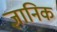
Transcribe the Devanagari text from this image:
ज्ञानिक